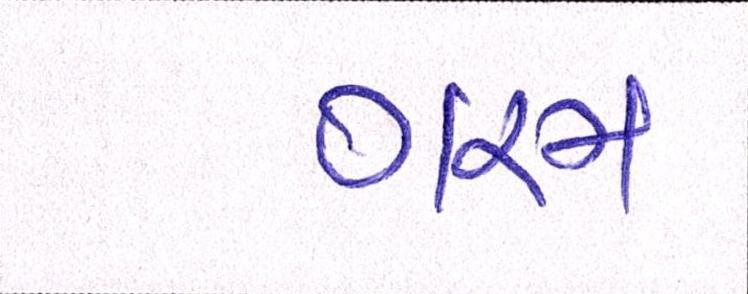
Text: ગરમ